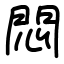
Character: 悶